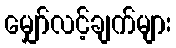
မျှော်လင့်ချက်များ